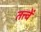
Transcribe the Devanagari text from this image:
तत्त्वें